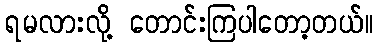
ရမလားလို့ တောင်းကြပါတော့တယ်။